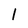
Character: 1